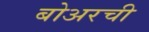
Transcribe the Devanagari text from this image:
बोअरची